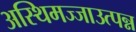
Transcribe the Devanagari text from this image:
अस्थिमज्जाउत्पन्न